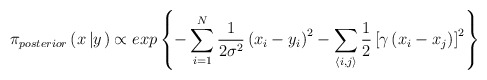
\begin{align*}\pi_{posterior}\left(x\left|y\right.\right)\propto exp\left\{ -\sum_{i=1}^{N}\frac{1}{2\sigma^{2}}\left(x_{i}-y_{i}\right)^{2}-\sum_{\left\langle i,j\right\rangle }\frac{1}{2}\left[\gamma\left(x_{i}-x_{j}\right)\right]^{2}\right\} \end{align*}